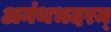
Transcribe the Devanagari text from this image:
अनंथभदरम्